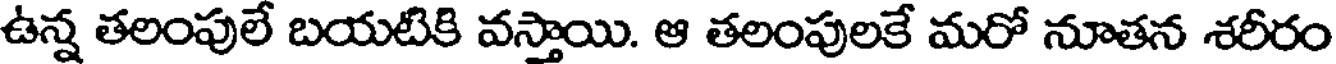
ఉన్న తలంపులే బయటికి వస్తాయి. ఆ తలంపులకే మరో నూతన శరీరం